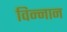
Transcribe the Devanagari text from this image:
विन्नान